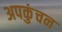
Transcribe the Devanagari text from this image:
अपकुंचन